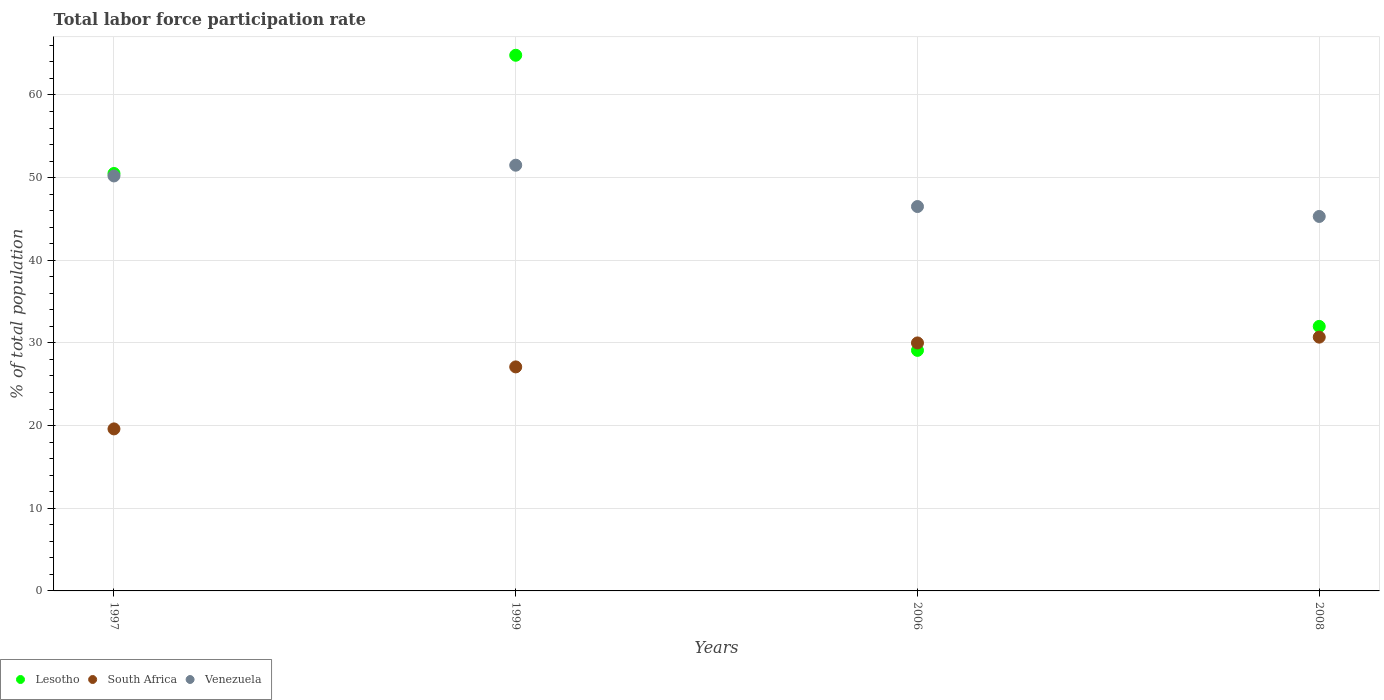
| Years | Lesotho | South Africa | Venezuela |
 | --- | --- | --- | --- |
 | 1997 | 50.5 | 19.6 | 50.2 |
 | 1999 | 64.8 | 27.1 | 51.5 |
 | 2006 | 29.1 | 30 | 46.5 |
 | 2008 | 32 | 30.7 | 45.3 |